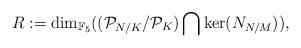
LaTeX: \begin{align*}R:=\dim_{\mathbb{F}_5}((\mathcal{P}_{N/K}/\mathcal{P}_{K})\bigcap\ker(N_{N/M})),\end{align*}